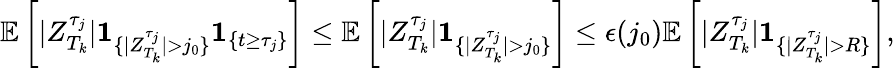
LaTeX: \mathbb{E}\left[|Z_{T_{k}}^{\tau_{j}}|\textbf{1}_{\{ |Z_{T_{k}}^{\tau_{j}}|>j_{0}\} }\textbf{1}_{\{ t\geq\tau_{j}\} }\right]\leq\mathbb{E}\left[|Z_{T_{k}}^{\tau_{j}}|\textbf{1}_{\{ |Z_{T_{k}}^{\tau_{j}}|>j_{0}\} }\right]\leq\epsilon(j_{0})\mathbb{E}\left[|Z_{T_{k}}^{\tau_{j}}|\textbf{1}_{\{ |Z_{T_{k}}^{\tau_{j}}|>R\} }\right],